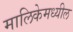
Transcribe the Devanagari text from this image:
मालिकेमध्यील